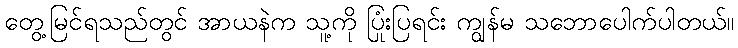
တွေ့မြင်ရသည်တွင် အာယနဲက သူ့ကို ပြုံးပြရင်း ကျွန်မ သဘောပေါက်ပါတယ်။